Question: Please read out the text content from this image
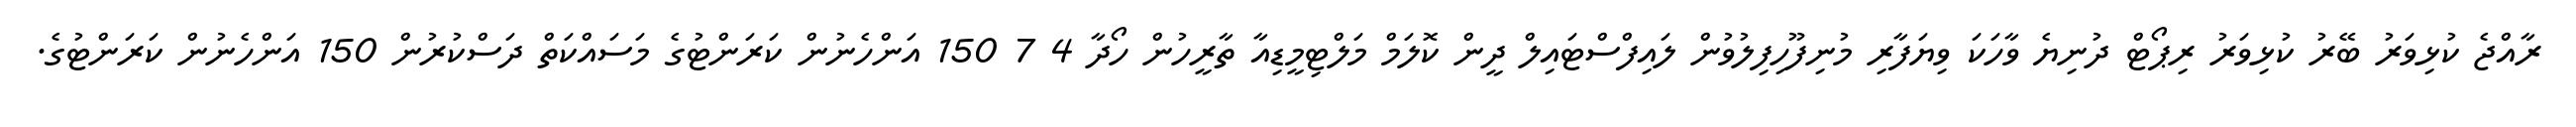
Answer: ރާއްޖެ ކުޅިވަރު ބޭރު ކުޅިވަރު ރިޕޯޓް ދުނިޔެ ވާހަކަ ވިޔަފާރި މުނިފޫހިފިލުވުން ލައިފްސްޓައިލް ދީން ކޮލަމް މަލްޓިމީޑިއާ ތާރީހުން ހޯދާ 4 7 150 އަންހެނުން ކަރަންޓުގެ މަސައްކަތް ދަސްކުރުން 150 އަންހެނުން ކަރަންޓުގެ.